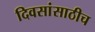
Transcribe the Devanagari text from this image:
दिवसांसाठीच